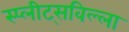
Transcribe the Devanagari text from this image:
स्प्लीट्सविल्ला